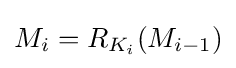
M_{i}=R_{K_{i}}(M_{i-1})